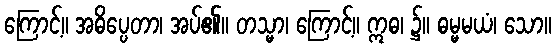
ကြောင့်။ အဓိပ္ပေတာ၊ အပ်၏။ တသ္မာ၊ ကြောင့်။ ဣဓ၊ ၌။ ဓမ္မမယံ၊ သော။